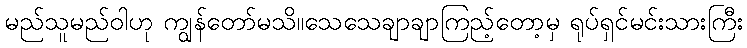
မည်သူမည်ဝါဟု ကျွန်တော်မသိ။သေသေချာချာကြည့်တော့မှ ရုပ်ရှင်မင်းသားကြီး